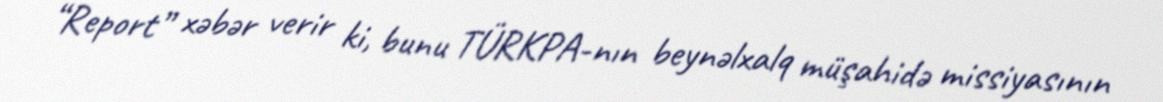
“Report” xəbər verir ki, bunu TÜRKPA-nın beynəlxalq müşahidə missiyasının